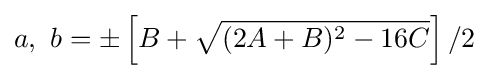
a,\ b=\pm \left[B+{\sqrt {(2A+B)^{2}-16C}}\right]/2